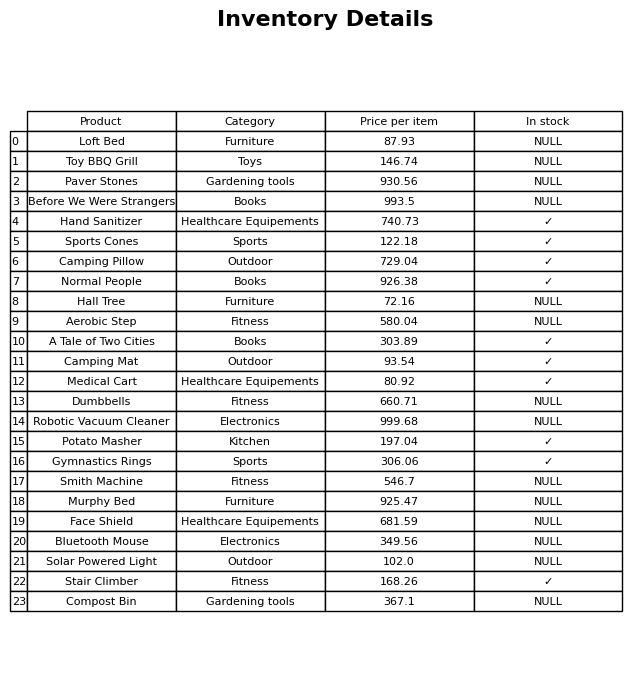
question: What is the price for Normal People?
answer: The price of Normal People is 926.38.